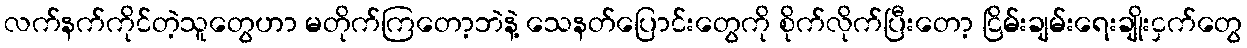
လက်နက်ကိုင်တဲ့သူတွေဟာ မတိုက်ကြတော့ဘဲနဲ့ သေနတ်ပြောင်းတွေကို စိုက်လိုက်ပြီးတော့ ငြိမ်းချမ်းရေးချိုးငှက်တွေ